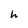
Character: h